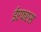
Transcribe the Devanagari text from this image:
ईएफएस